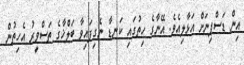
އިން ޑަސްޕިނަށް އަޅާލިއެވެ. އޭނާގެ ހިތުގައި ކަނޑާ ނެގިފައިވާ ބަލްޚާގެ ތަސްވީރު އެހިތުން